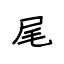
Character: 尾